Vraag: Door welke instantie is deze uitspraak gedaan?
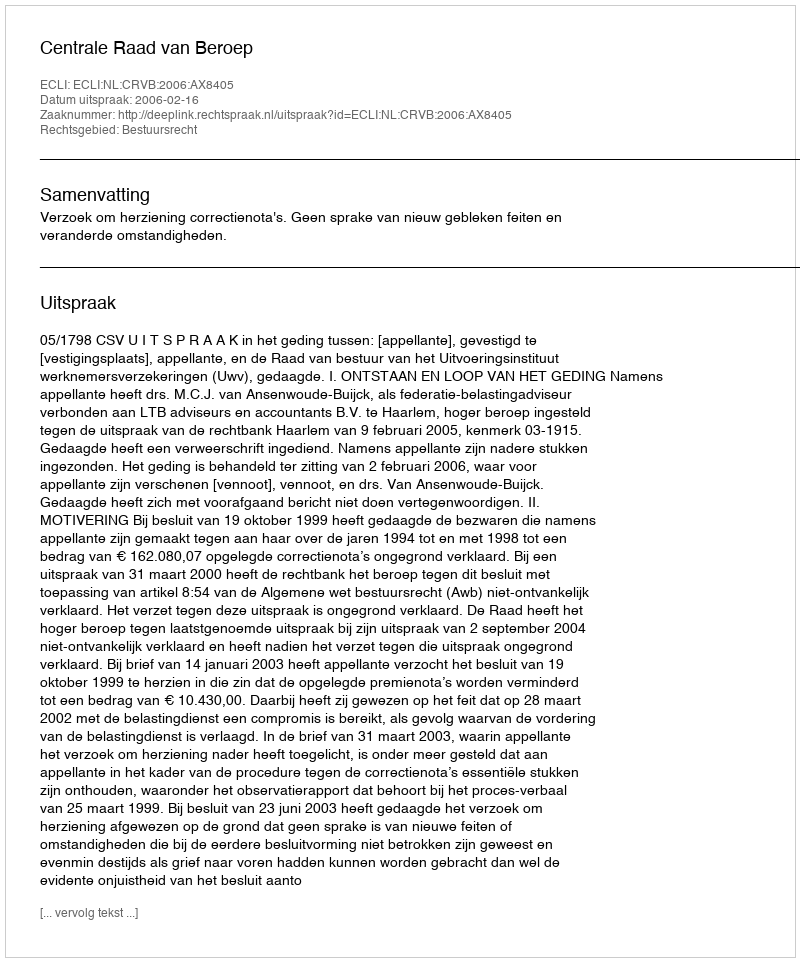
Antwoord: Centrale Raad van Beroep